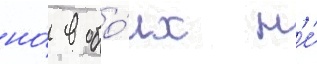
но́ в обо́их н'е́